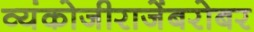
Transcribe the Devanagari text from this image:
व्यंकोजीराजेंबरोबर